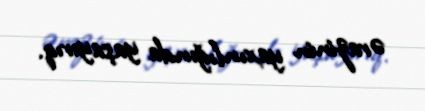
ərazinin yaxınlığında yaşayırıq.